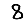
Digit: 8